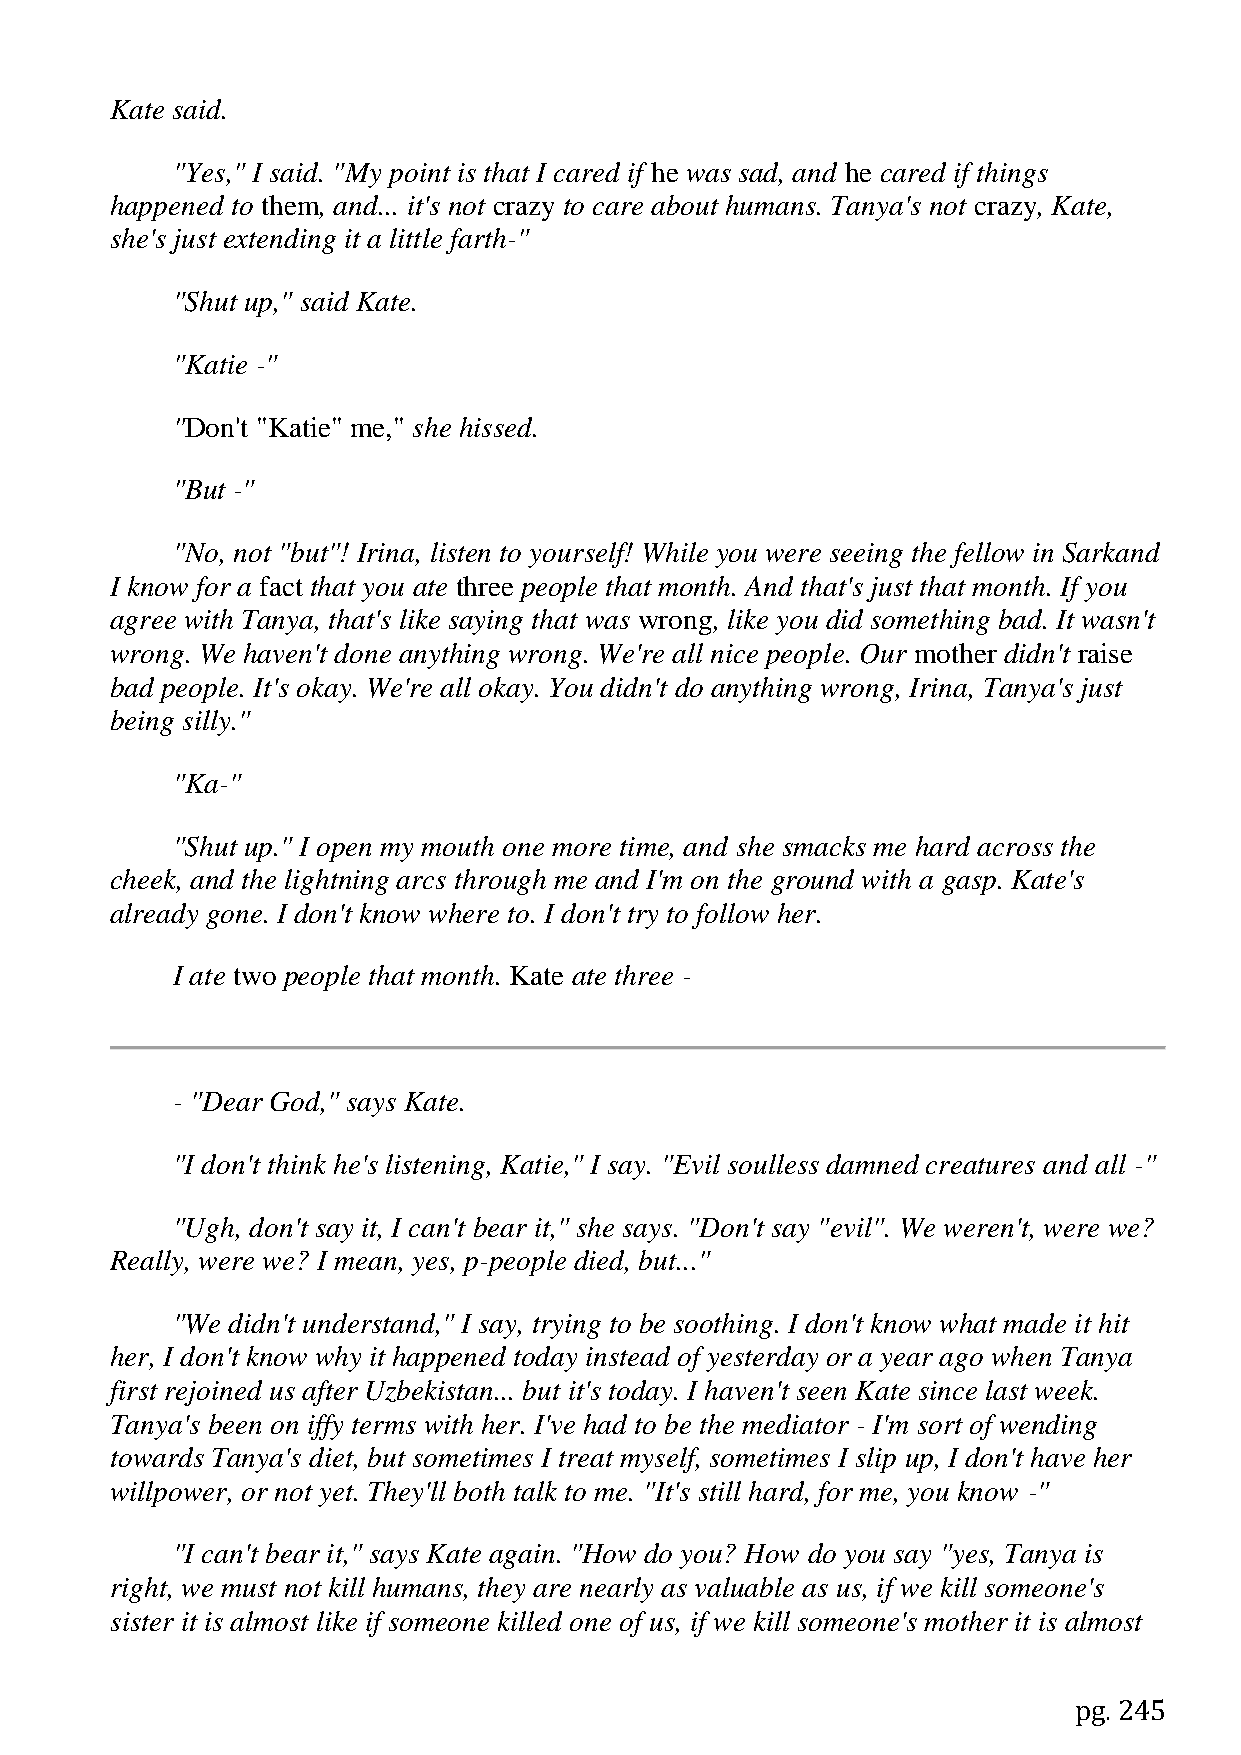
Kate said.
 "Yes," I said. "My point is that I cared if he was sad, and he cared if things
 happened to them, and... it's not crazy to care about humans. Tanya's not crazy, Kate,
 she's just extending it a little farth-"
 "Shut up," said Kate.
 "Katie -"
 "Don't "Katie" me," she hissed.
 "But -"
 "No, not "but"! Irina, listen to yourself! While you were seeing the fellow in Sarkand
 I know for a fact that you ate three people that month. And that's just that month. If you
 agree with Tanya, that's like saying that was wrong, like you did something bad. It wasn't
 wrong. We haven't done anything wrong. We're all nice people. Our mother didn't raise
 bad people. It's okay. We're all okay. You didn't do anything wrong, Irina, Tanya's just
 being silly."
 "Ka-"
 "Shut up." I open my mouth one more time, and she smacks me hard across the
 cheek, and the lightning arcs through me and I'm on the ground with a gasp. Kate's
 already gone. I don't know where to. I don't try to follow her.
 I ate two people that month. Kate ate three -
 - "Dear God," says Kate.
 "I don't think he's listening, Katie," I say. "Evil soulless damned creatures and all -"
 "Ugh, don't say it, I can't bear it," she says. "Don't say "evil". We weren't, were we?
 Really, were we? I mean, yes, p-people died, but..."
 "We didn't understand," I say, trying to be soothing. I don't know what made it hit
 her, I don't know why it happened today instead of yesterday or a year ago when Tanya
 first rejoined us after Uzbekistan... but it's today. I haven't seen Kate since last week.
 Tanya's been on iffy terms with her. I've had to be the mediator - I'm sort of wending
 towards Tanya's diet, but sometimes I treat myself, sometimes I slip up, I don't have her
 willpower, or not yet. They'll both talk to me. "It's still hard, for me, you know -"
 "I can't bear it," says Kate again. "How do you? How do you say "yes, Tanya is
 right, we must not kill humans, they are nearly as valuable as us, if we kill someone's
 sister it is almost like if someone killed one of us, if we kill someone's mother it is almost
 pg. 245